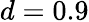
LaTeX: d=0.9